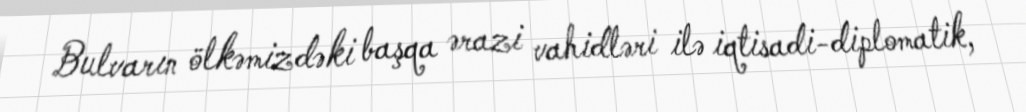
Bulvarın ölkəmizdəki başqa ərazi vahidləri ilə iqtisadi-diplomatik,